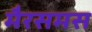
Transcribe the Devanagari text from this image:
मैरसमस